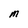
Character: M